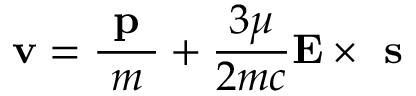
{ \bf v } = \frac { \textbf { p } } { m } + \frac { 3 \mu } { 2 m c } \mathbf { E } \times \textbf { s }